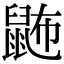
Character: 鿻